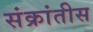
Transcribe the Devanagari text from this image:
संक्रांतीस